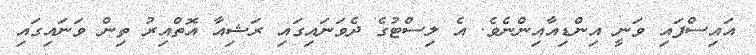
އައިސްފައި ވަނީ އިންޑިއާއިންނެވެ. އެ ލިސްޓުގެ ދެވަނައިގައި ރަޝިއާ އޮތްއިރު ތިން ވަނައިގައި